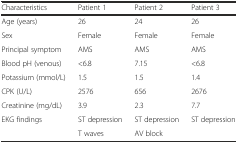
| Characteristics | Patient 1 | Patient 2 | Patient 3 |
 | --- | --- | --- | --- |
 | Age (years) | 26 | 24 | 26 |
 | Sex | Female | Female | Female |
 | Principal symptom | AMS | AMS | AMS |
 | Blood pH (venous) | <6.8 | 7.15 | <6.8 |
 | Potassium (mmol/L) | 1.5 | 1.5 | 1.4 |
 | CPK (U/L) | 2576 | 656 | 2676 |
 | Creatinine (mg/dL) | 3.9 | 2.3 | 7.7 |
 | EKG findings | ST depression | ST depression | ST depression |
 |  | T waves | AV block |  |